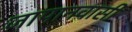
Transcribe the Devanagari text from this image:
जापानवासी